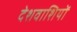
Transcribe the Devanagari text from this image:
देशवाशियों